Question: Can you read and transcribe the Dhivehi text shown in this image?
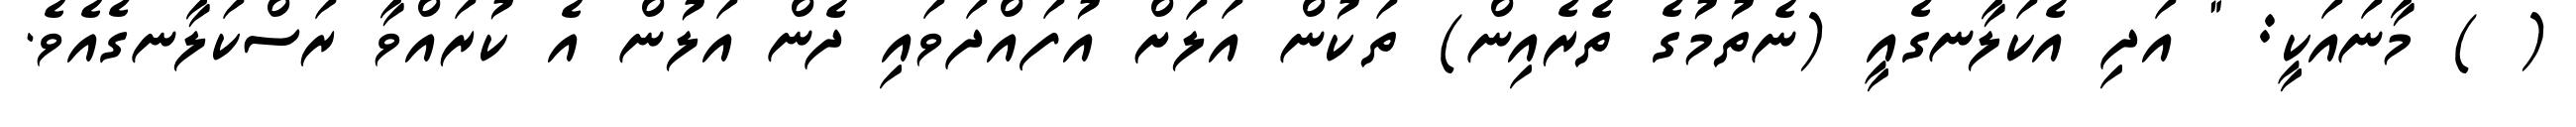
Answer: ( ) މާނައަކީ: " އަދި އެކަލާނގެއީ (ނެތުމުގެ ތެރެއިން) ތަކުން އަލަށް އުފައްދަވައި ދެން އަލުން އެ ކުރައްވާ ރަސްކަލާނގެއެވެ.